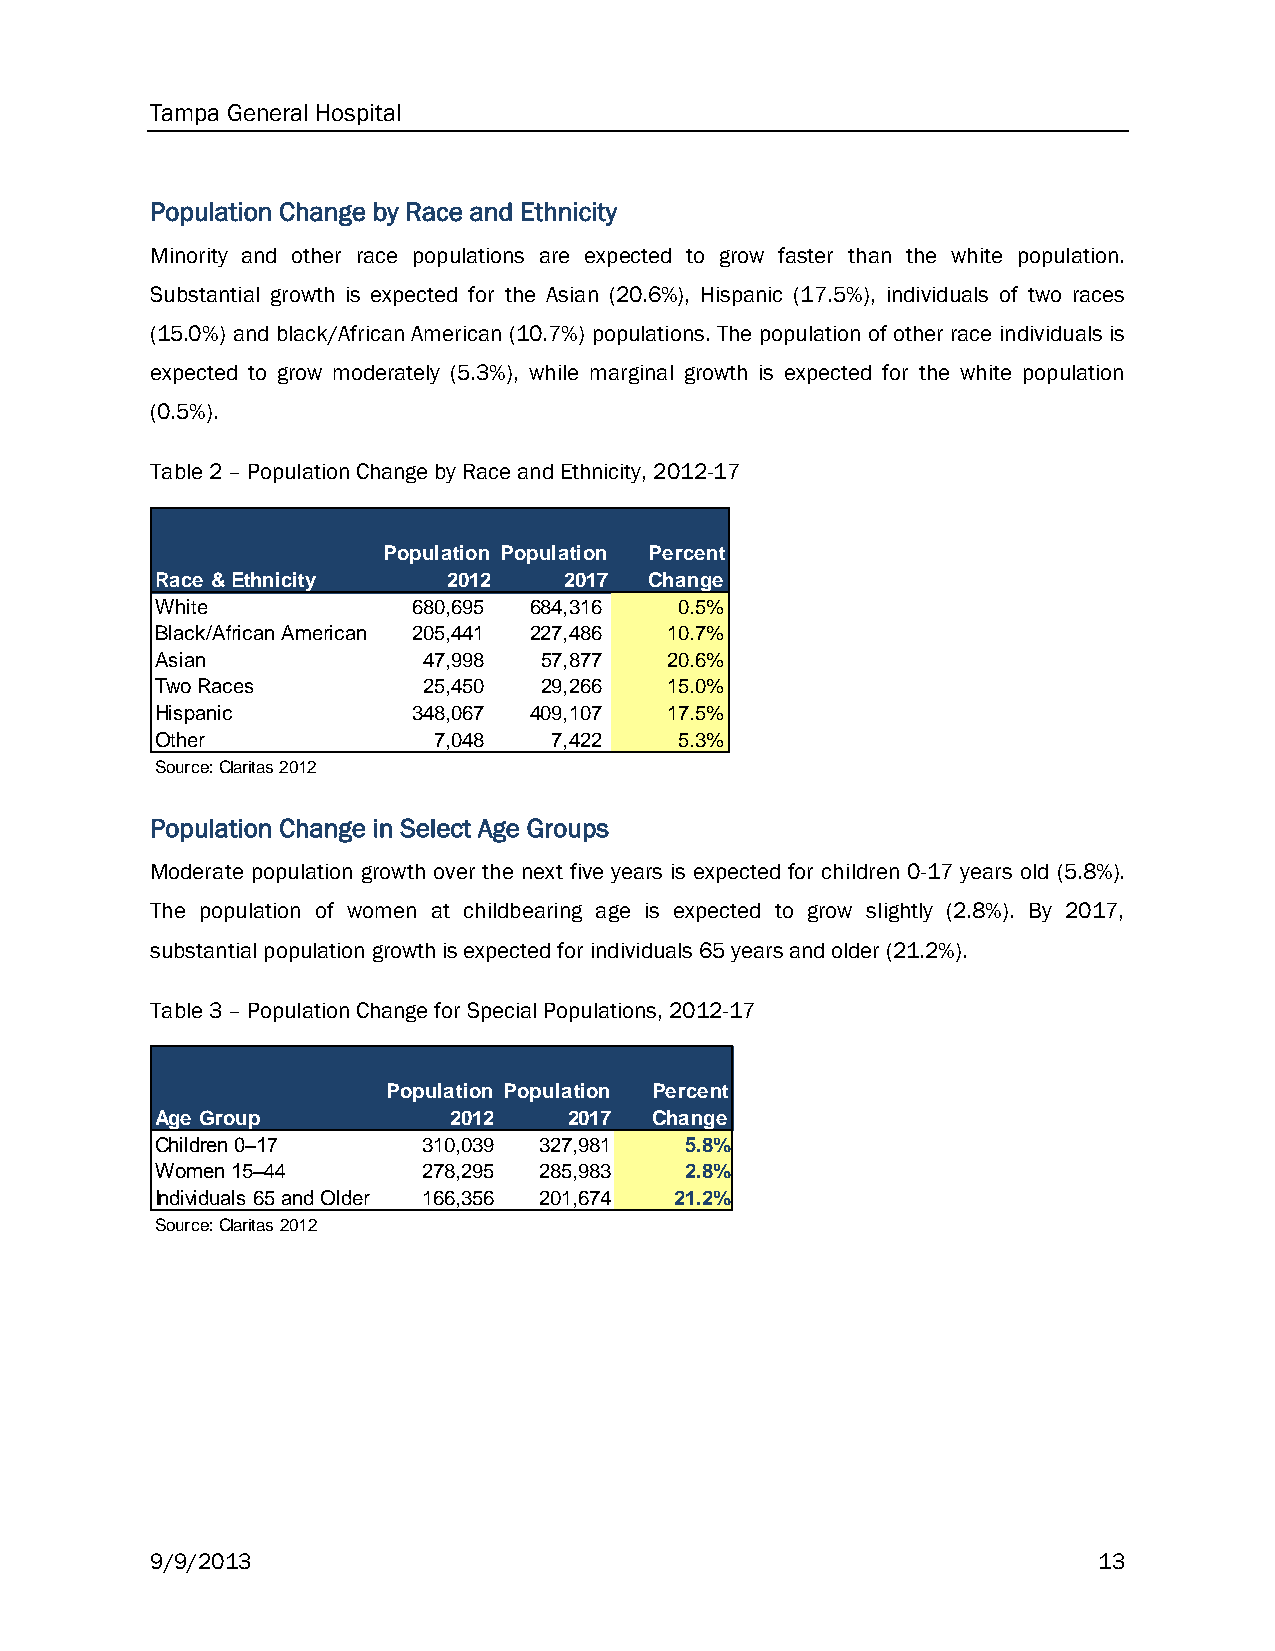
Tampa General Hospital
 Population Change by Race and Ethnicity
 Minority and other race populations are expected to grow faster than the white population.
 Substantial growth is expected for the Asian (20.6%), Hispanic (17.5%), individuals of two races
 (15.0%) and black/African American (10.7%) populations. The population of other race individuals is
 expected to grow moderately (5.3%), while marginal growth is expected for the white population
 (0.5%).
 Table 2 – Population Change by Race and Ethnicity, 2012-17
 Population Population Percent
 Race & Ethnicity    2012   2017  Change
 White            6 80,695 6 84,316 0.5%
 Black/African American 2 05,441 2 27,486 10.7%
 Asian             47,998  57,877  20.6%
 Two Races         25,450  29,266  15.0%
 Hispanic         3 48,067 4 09,107 17.5%
 Other              7,048   7,422   5.3%
 Source: Claritas 2012
 Population Change in Select Age Groups
 Moderate population growth over the next five years is expected for children 0-17 years old (5.8%).
 The population of women at childbearing age is expected to grow slightly (2.8%). By 2017,
 substantial population growth is expected for individuals 65 years and older (21.2%).
 Table 3 – Population Change for Special Populations, 2012-17
 Population Population Percent
 Age Group           2012    2017 Change
 Children 0–17     310,039 327,981  5.8%
 Women 15–44       278,295 285,983  2.8%
 Individuals 65 and Older 166,356 201,674 21.2%
 Source: Claritas 2012
 9/9/2013                                                       13